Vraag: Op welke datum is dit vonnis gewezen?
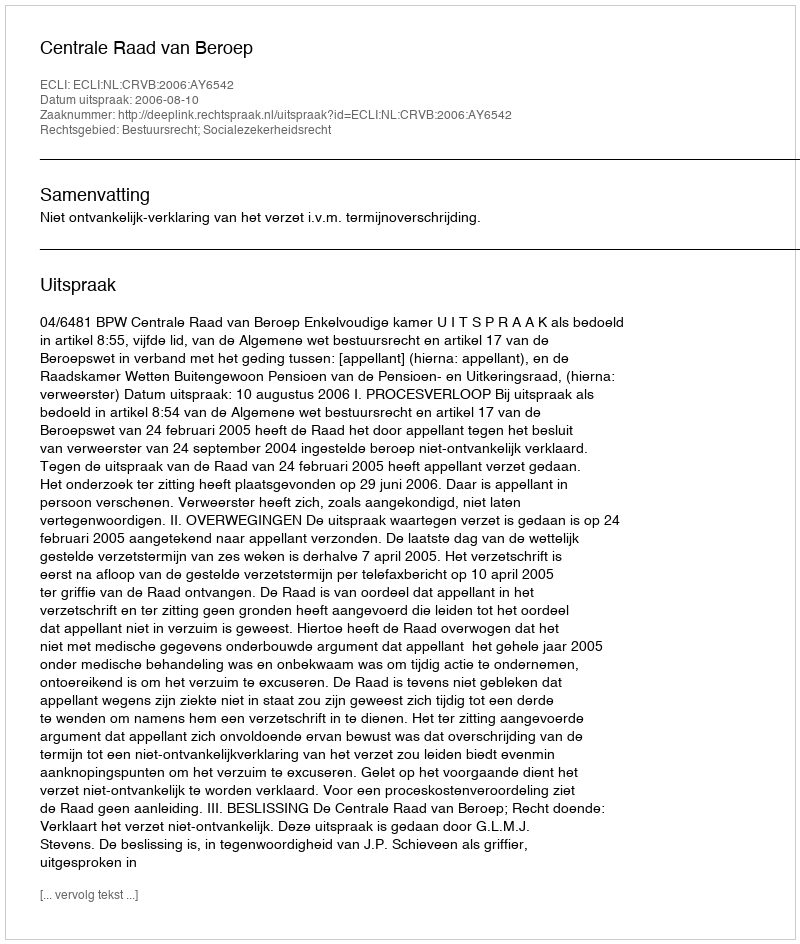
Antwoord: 2006-08-10